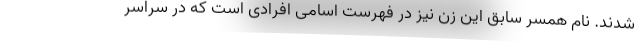
شدند. نام همسر سابق این زن نیز در فهرست اسامی افرادی است که در سراسر